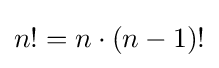
n!=n\cdot (n-1)!